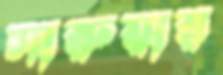
সারুয়ার